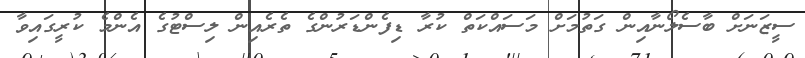
ސީޒަނަށް ބާސެލޯނާއިން ގަތުމަށް މަސައްކަތް ކުރާ ޑިފެންޑަރުންގެ ތެރެއިން ލިސްޓުގެ އެންމެ ކުރީގައިވާ